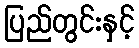
ပြည်တွင်းနှင့်